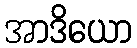
အာဒိယော